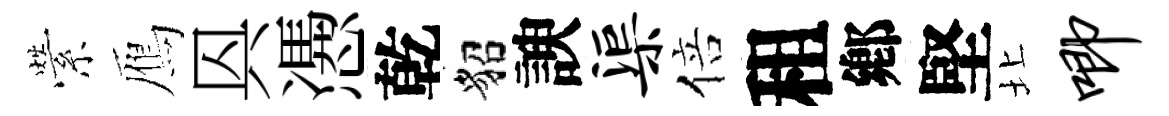
縈鴈㒷慿乾貂諛渠倍租鄕堅北唧